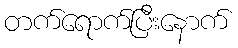
တက်ရောက်ပြီးနောက်